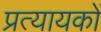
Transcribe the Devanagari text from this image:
प्रत्यायकों